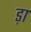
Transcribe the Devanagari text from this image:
ड़ा